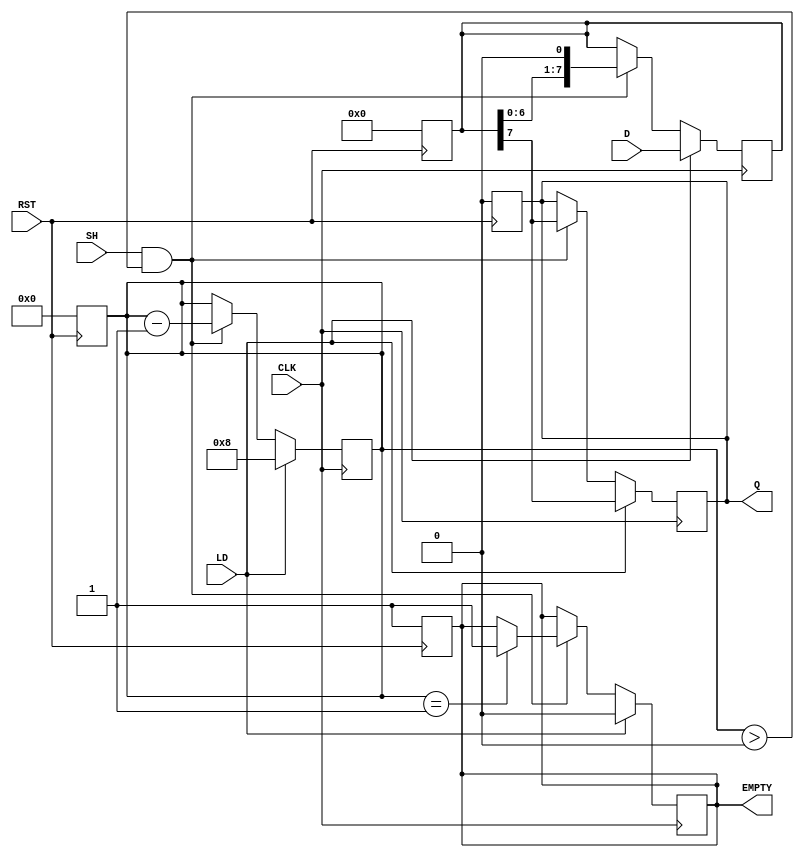
module Dynamic_PISO_Register #(
    parameter N = 8  // Size of the register (number of bits)
)(
    input wire [N-1:0] D,    // Parallel data input
    input wire LD,           // Load control signal
    input wire SH,           // Shift control signal
    input wire CLK,          // Clock signal
    input wire RST,          // Asynchronous reset signal
    output reg Q,            // Serial output
    output reg EMPTY         // Empty flag
);

    reg [N-1:0] storage;      // Storage for N bits
    reg [N-1:0] shift_reg;    // Shift register to manage shifting
    reg [3:0] count;          // Counter to track the number of bits shifted out

    // Asynchronous reset
    always @(posedge RST) begin
        storage <= 0;
        shift_reg <= 0;
        Q <= 0;
        EMPTY <= 1;
        count <= 0;
    end

    // Load and Shift Logic
    always @(posedge CLK) begin
        if (LD) begin
            // Load data into the storage register
            storage <= D;
            shift_reg <= D;  // Initialize shift register with loaded data
            Q <= shift_reg[N-1]; // Output the MSB
            EMPTY <= 0; // Register is not empty after loading
            count <= N; // Reset count to N
        end else if (SH && count > 0) begin
            // Shift operation
            Q <= shift_reg[N-1]; // Output the MSB
            shift_reg <= {shift_reg[N-2:0], 1'b0}; // Shift left
            count <= count - 1; // Decrement count
            if (count == 1) begin
                EMPTY <= 1; // Set EMPTY flag when last bit is shifted out
            end
        end
    end

endmodule